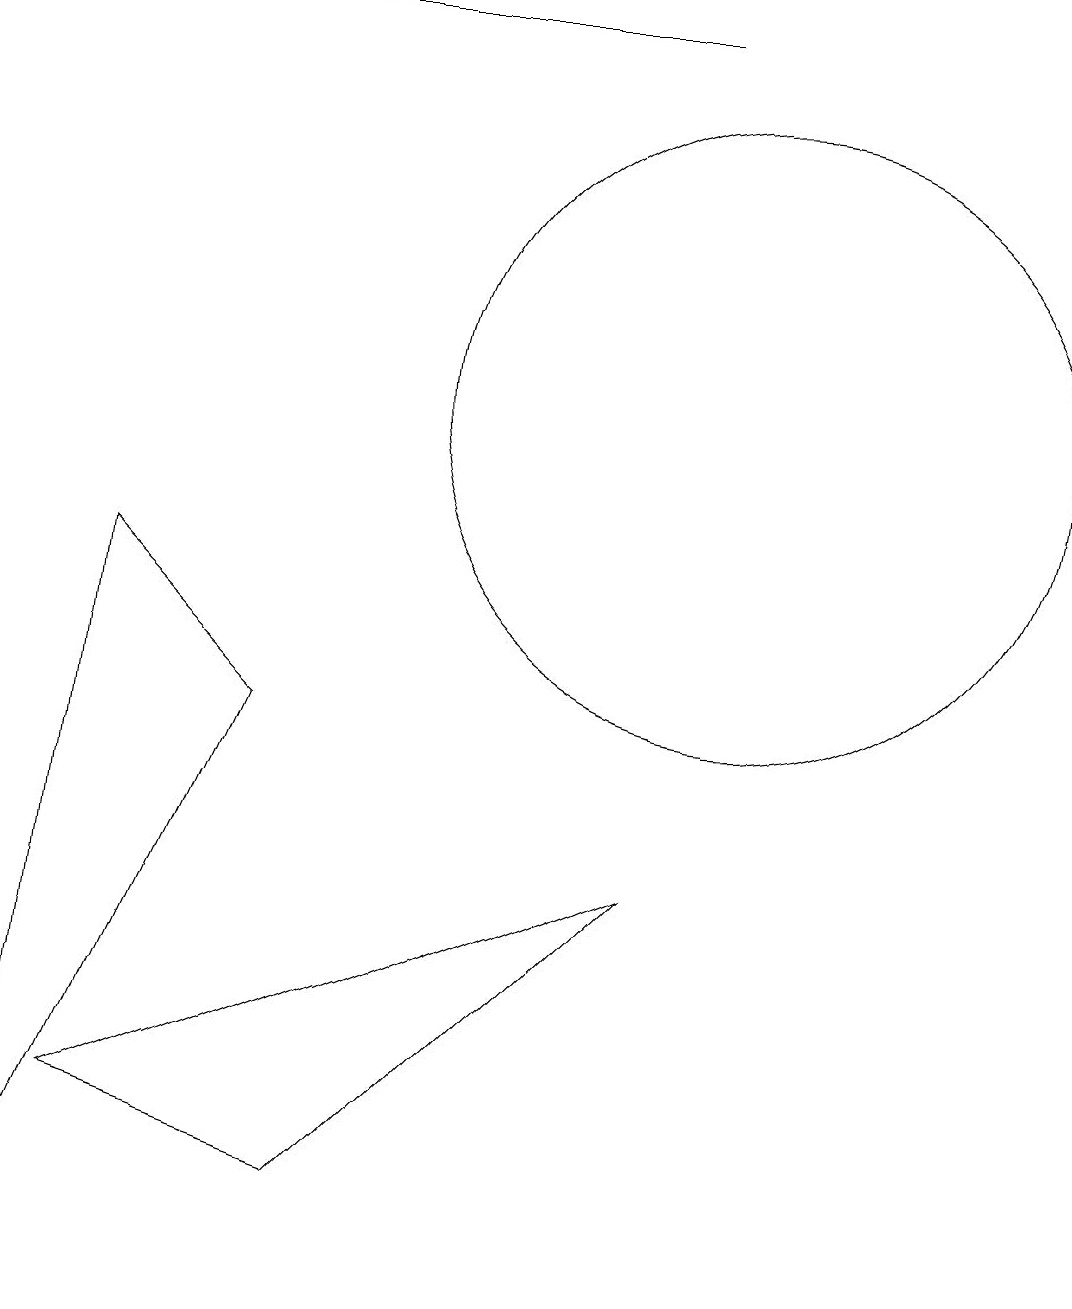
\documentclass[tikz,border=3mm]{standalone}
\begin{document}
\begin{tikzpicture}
\draw (3,16) rectangle (9,16);
\draw (1,0) -- (4,7) -- (2,9) -- cycle;
\draw (10,11) circle (4);
\draw (5,1) -- (9,5) -- (2,2) -- cycle;
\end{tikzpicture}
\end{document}